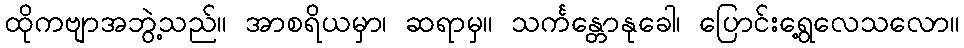
ထိုကဗျာအဘွဲ့သည်။ အာစရိယမှာ၊ ဆရာမှ။ သင်္ကန္တောနုခေါ၊ ပြောင်းရွေ့လေသလော။